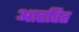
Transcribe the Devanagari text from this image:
आहरित